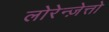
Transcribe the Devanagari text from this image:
लोरेन्ज़ेत्तो